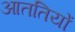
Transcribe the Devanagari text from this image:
आततियों